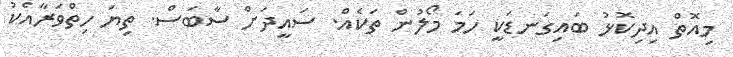
މިއޮތް އިދިކޮޅު ބައިގަނޑަކީ ހަމަ މޯލުން ތަކެއް. ސައީދަށް ސާބަސް. ތިޔަ ހިތްވަރާއެކު